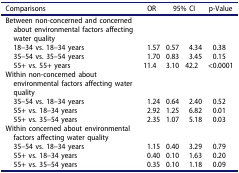
| Comparisons | OR | <COLSPAN=2> 95% CI | p-Value |
 | --- | --- | --- | --- | --- |
 | Between non-concerned and concerned about environmental factors affecting water quality |  |  |  |  |
 | 18–34 vs. 18–34 years | 1.57 | 0.57 | 4.34 | 0.38 |
 | 35–54 vs. 35–54 years | 1.70 | 0.83 | 3.45 | 0.15 |
 | 55+ vs. 55+ years | 11.4 | 3.10 | 42.2 | <0.0001 |
 | Within non-concerned about environmental factors affecting water quality |  |  |  |  |
 | 35–54 vs. 18–34 years | 1.24 | 0.64 | 2.40 | 0.52 |
 | 55+ vs. 18–34 years | 2.92 | 1.25 | 6.82 | 0.01 |
 | 55+ vs. 35–54 years | 2.35 | 1.07 | 5.18 | 0.03 |
 | Within concerned about environmental factors affecting water quality |  |  |  |  |
 | 35–54 vs. 18–34 years | 1.15 | 0.40 | 3.29 | 0.79 |
 | 55+ vs. 18–34 years | 0.40 | 0.10 | 1.63 | 0.20 |
 | 55+ vs. 35–54 years | 0.35 | 0.10 | 1.18 | 0.09 |